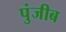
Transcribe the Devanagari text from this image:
पुंजीब